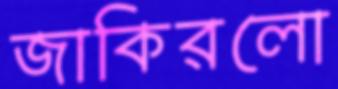
জাকিরলো